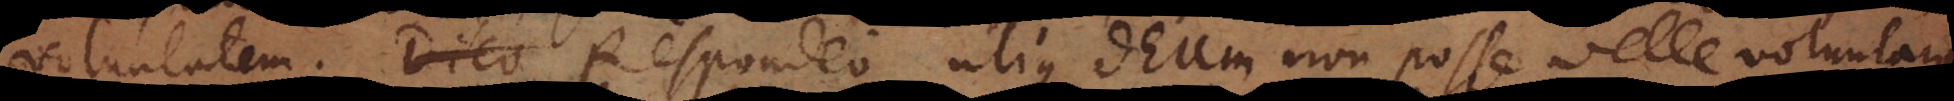
voluntatem. Dico Respondeo utique Deum non posse velle voluntarie